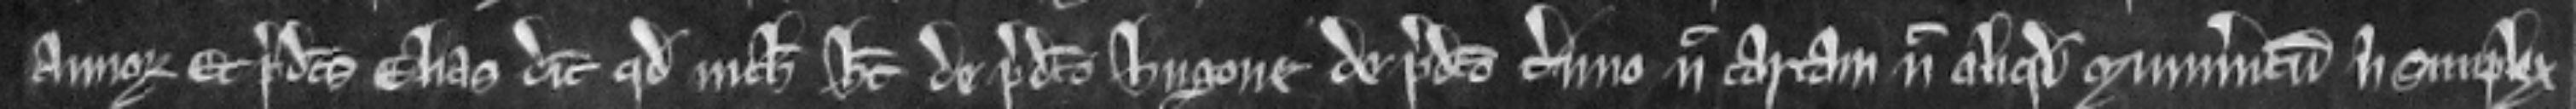
annorum. Et predictus Elias dicit quod nichil habet de predicto Hugone de predicto termino nec cartam nec aliquod munimentum nisi simplex